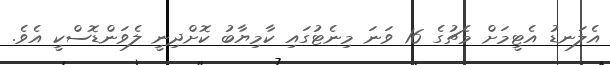
އެލަނޑު އެޓީމަށް މެޗުގެ 16 ވަނަ މިނެޓުގައި ކާމިޔާބު ކޮށްދިނީ ލެވަންޑޮސްކީ އެވެ.